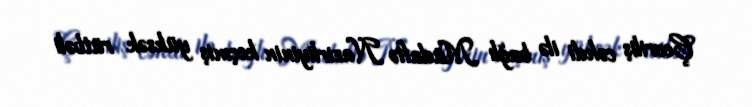
Çevriliş cəhdi ilə bağlı Müdafiə Nazirliyinin keçmiş yüksək rütbəli